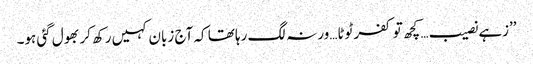
’’زہے نصیب… کچھ تو کفر ٹوٹا…ورنہ لگ رہا تھا کہ آج زبان کہیں رکھ کر بھول گئی ہو۔